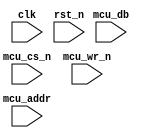
module SRQC_FPGA(clk,rst_n,mcu_cs_n,mcu_wr_n,mcu_addr,mcu_db);
	input clk;
	input rst_n;
	
	input mcu_cs_n;
	input mcu_wr_n;
	input [3:0] mcu_addr;
	input [7:0] mcu_db;
	
	reg [3:0] mcu_addr_r;
	reg [7:0] mcu_db_r;
	
	wire wr_state=mcu_cs_n||mcu_wr_n;
	
	always @ (posedge clk or negedge rst_n)
		begin
			if(!rst_n)
				begin
					mcu_addr_r<=4'h0;
					mcu_db_r<=8'h00;
				end
			else if (!wr_state)
				begin
					mcu_addr_r<=mcu_addr;
					mcu_db_r<=mcu_db;
				end
		end
	
	wire pos_wr;
	reg wr1,wr2;
	
	always @ (posedge clk or negedge rst_n)
		begin
			if(!rst_n)
				begin
					wr1<=1'b1;
					wr2<=1'b1;
				end
			else
				begin
					wr1<=wr_state;
					wr2<=wr1;
				end
		end

	assign pos_wr = ~wr2&&wr1;
endmodule